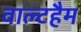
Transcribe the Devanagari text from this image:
वाल्टहैम